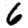
Digit: 6